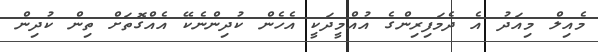
މެއިލް މިއަދު އެ ދެމަފިރިންގެ އުއްމީދަކީ އެހެން ކުދިންނެކޭ އެއްގޮތަށް ތިން ކުދިން